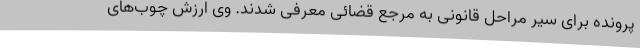
پرونده برای سیر مراحل قانونی به مرجع قضائی معرفی شدند. وی ارزش چوب‌های